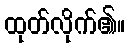
ထုတ်လိုက်၏။